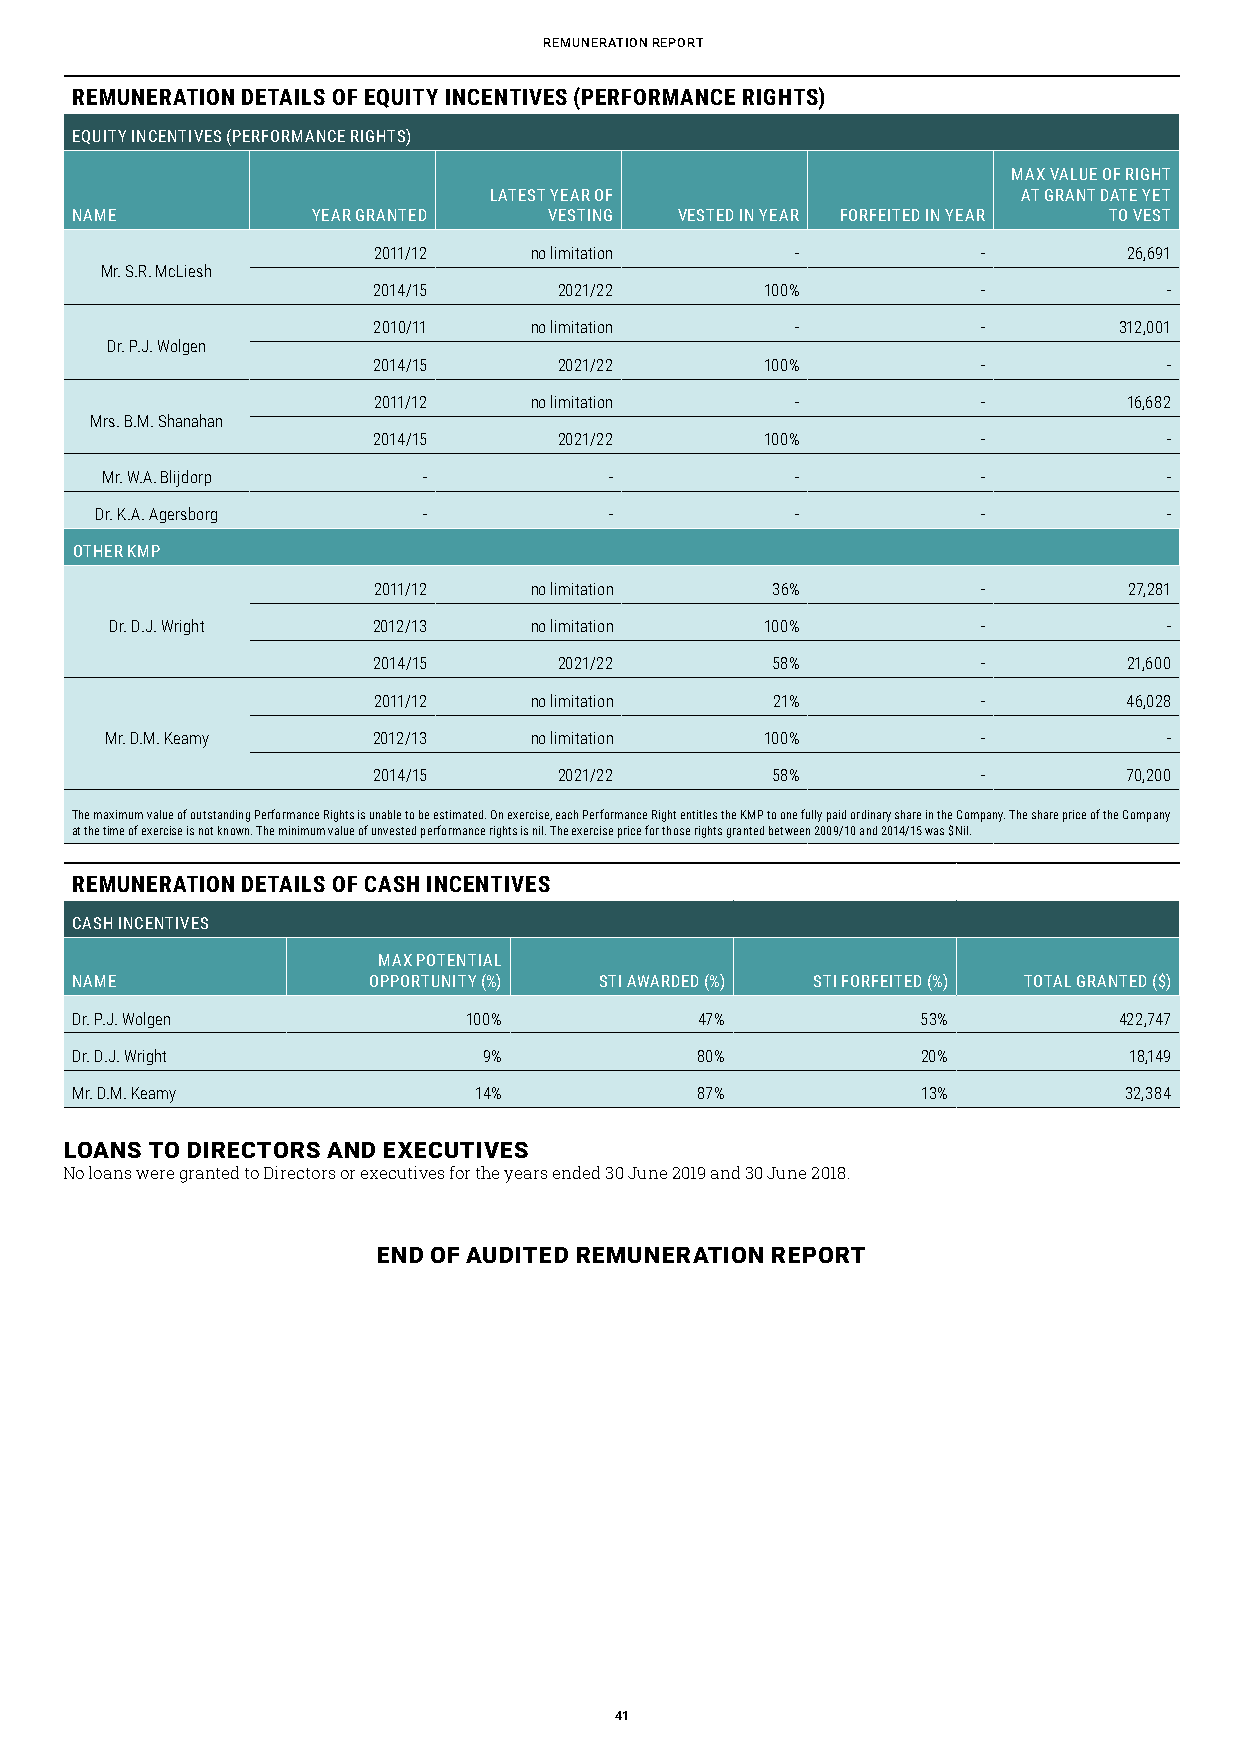
rEMUNEratioN rEport
 REMUNERATION DETAILS OF EQUITY INCENTIVES (PERFORMANCE RIGHTS)
 EQUITY INCENTIVES (PERFORMANCE RIGHTS)
 MAX VALUE OF RIGHT
 LATEST YEAR OF                      AT GRANT DATE YET
 NAME            YEAR GRANTED   VESTING  VESTED IN YEAR FORFEITED IN YEAR TO VEST
 2011/12   no limitation     -           -         26,691
 Mr. S.R. McLiesh
 2014/15     2021/22       100%          -           -
 2010/11   no limitation     -           -        312,001
 Dr. P.J. Wolgen
 2014/15     2021/22       100%          -           -
 2011/12   no limitation     -           -         16,682
 Mrs. B.M. Shanahan
 2014/15     2021/22       100%          -           -
 Mr. W.A. Blijdorp    -           -            -           -           -
 Dr. K.A. Agersborg    -           -            -           -           -
 OTHER KMP
 2011/12   no limitation   36%           -         27,281
 Dr. D.J. Wright   2012/13   no limitation   100%          -           -
 2014/15     2021/22       58%           -         21,600
 2011/12   no limitation   21%           -        46,028
 Mr. D.M. Keamy    2012/13   no limitation   100%          -           -
 2014/15     2021/22       58%           -         70,200
 The maximum value of outstanding Performance Rights is unable to be estimated. On exercise, each Performance Right entitles the KMP to one fully paid ordinary share in the Company. The share price of the Company
 at the time of exercise is not known. The minimum value of unvested performance rights is nil. The exercise price for those rights granted between 2009/10 and 2014/15 was $Nil.
 REMUNERATION DETAILS OF CASH INCENTIVES
 CASH INCENTIVES
 MAX POTENTIAL
 NAME               OPPORTUNITY (%) STI AWARDED (%) STI FORFEITED (%) TOTAL GRANTED ($)
 Dr. P.J. Wolgen           100%           47%            53%          422,747
 Dr. D.J. Wright            9%            80%            20%           18,149
 Mr. D.M. Keamy            14%            87%            13%          32,384
 LOANS TO DIRECTORS AND EXECUTIVES
 No loans were granted to Directors or executives for the years ended 30 June 2019 and 30 June 2018.
 END OF AUDITED REMUNERATION REPORT
 41